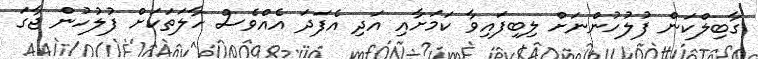
ގާބިލްކަން ފުލުހުންނަށް ލިބިފައިވާ ކަމަށާއި އަދި އެފަދަ އެއްވެސް ހާލަތަކަށް ފުލުހުން ޖާގަ